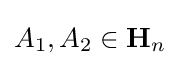
A_{1},A_{2}\in \mathbf {H} _{n}